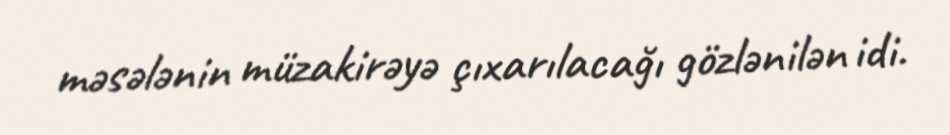
məsələnin müzakirəyə çıxarılacağı gözlənilən idi.